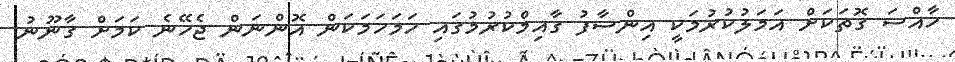
ހާއްސަ ގޮތަކަށް އަމަލުކުރުމަކީ އިންސާފު ގާއިމްކުރުމުގައި ހަމަހަމަކަން އޮންނަން ޖެހޭނެ ކަމަށް ގާނޫނު